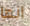
انها